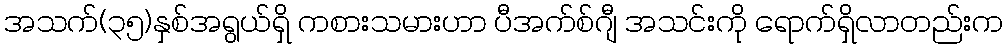
အသက်(၃၅)နှစ်အရွယ်ရှိ ကစားသမားဟာ ပီအက်စ်ဂျီ အသင်းကို ရောက်ရှိလာတည်းက